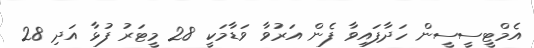
އެމްޓީސީސީން ހަދާފައިވާ ފެން އަރުވާ ވަޑާމަކީ 28 މީޓަރު ފުޅާ އަދި 28